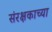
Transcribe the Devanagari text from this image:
संरक्षकाच्या